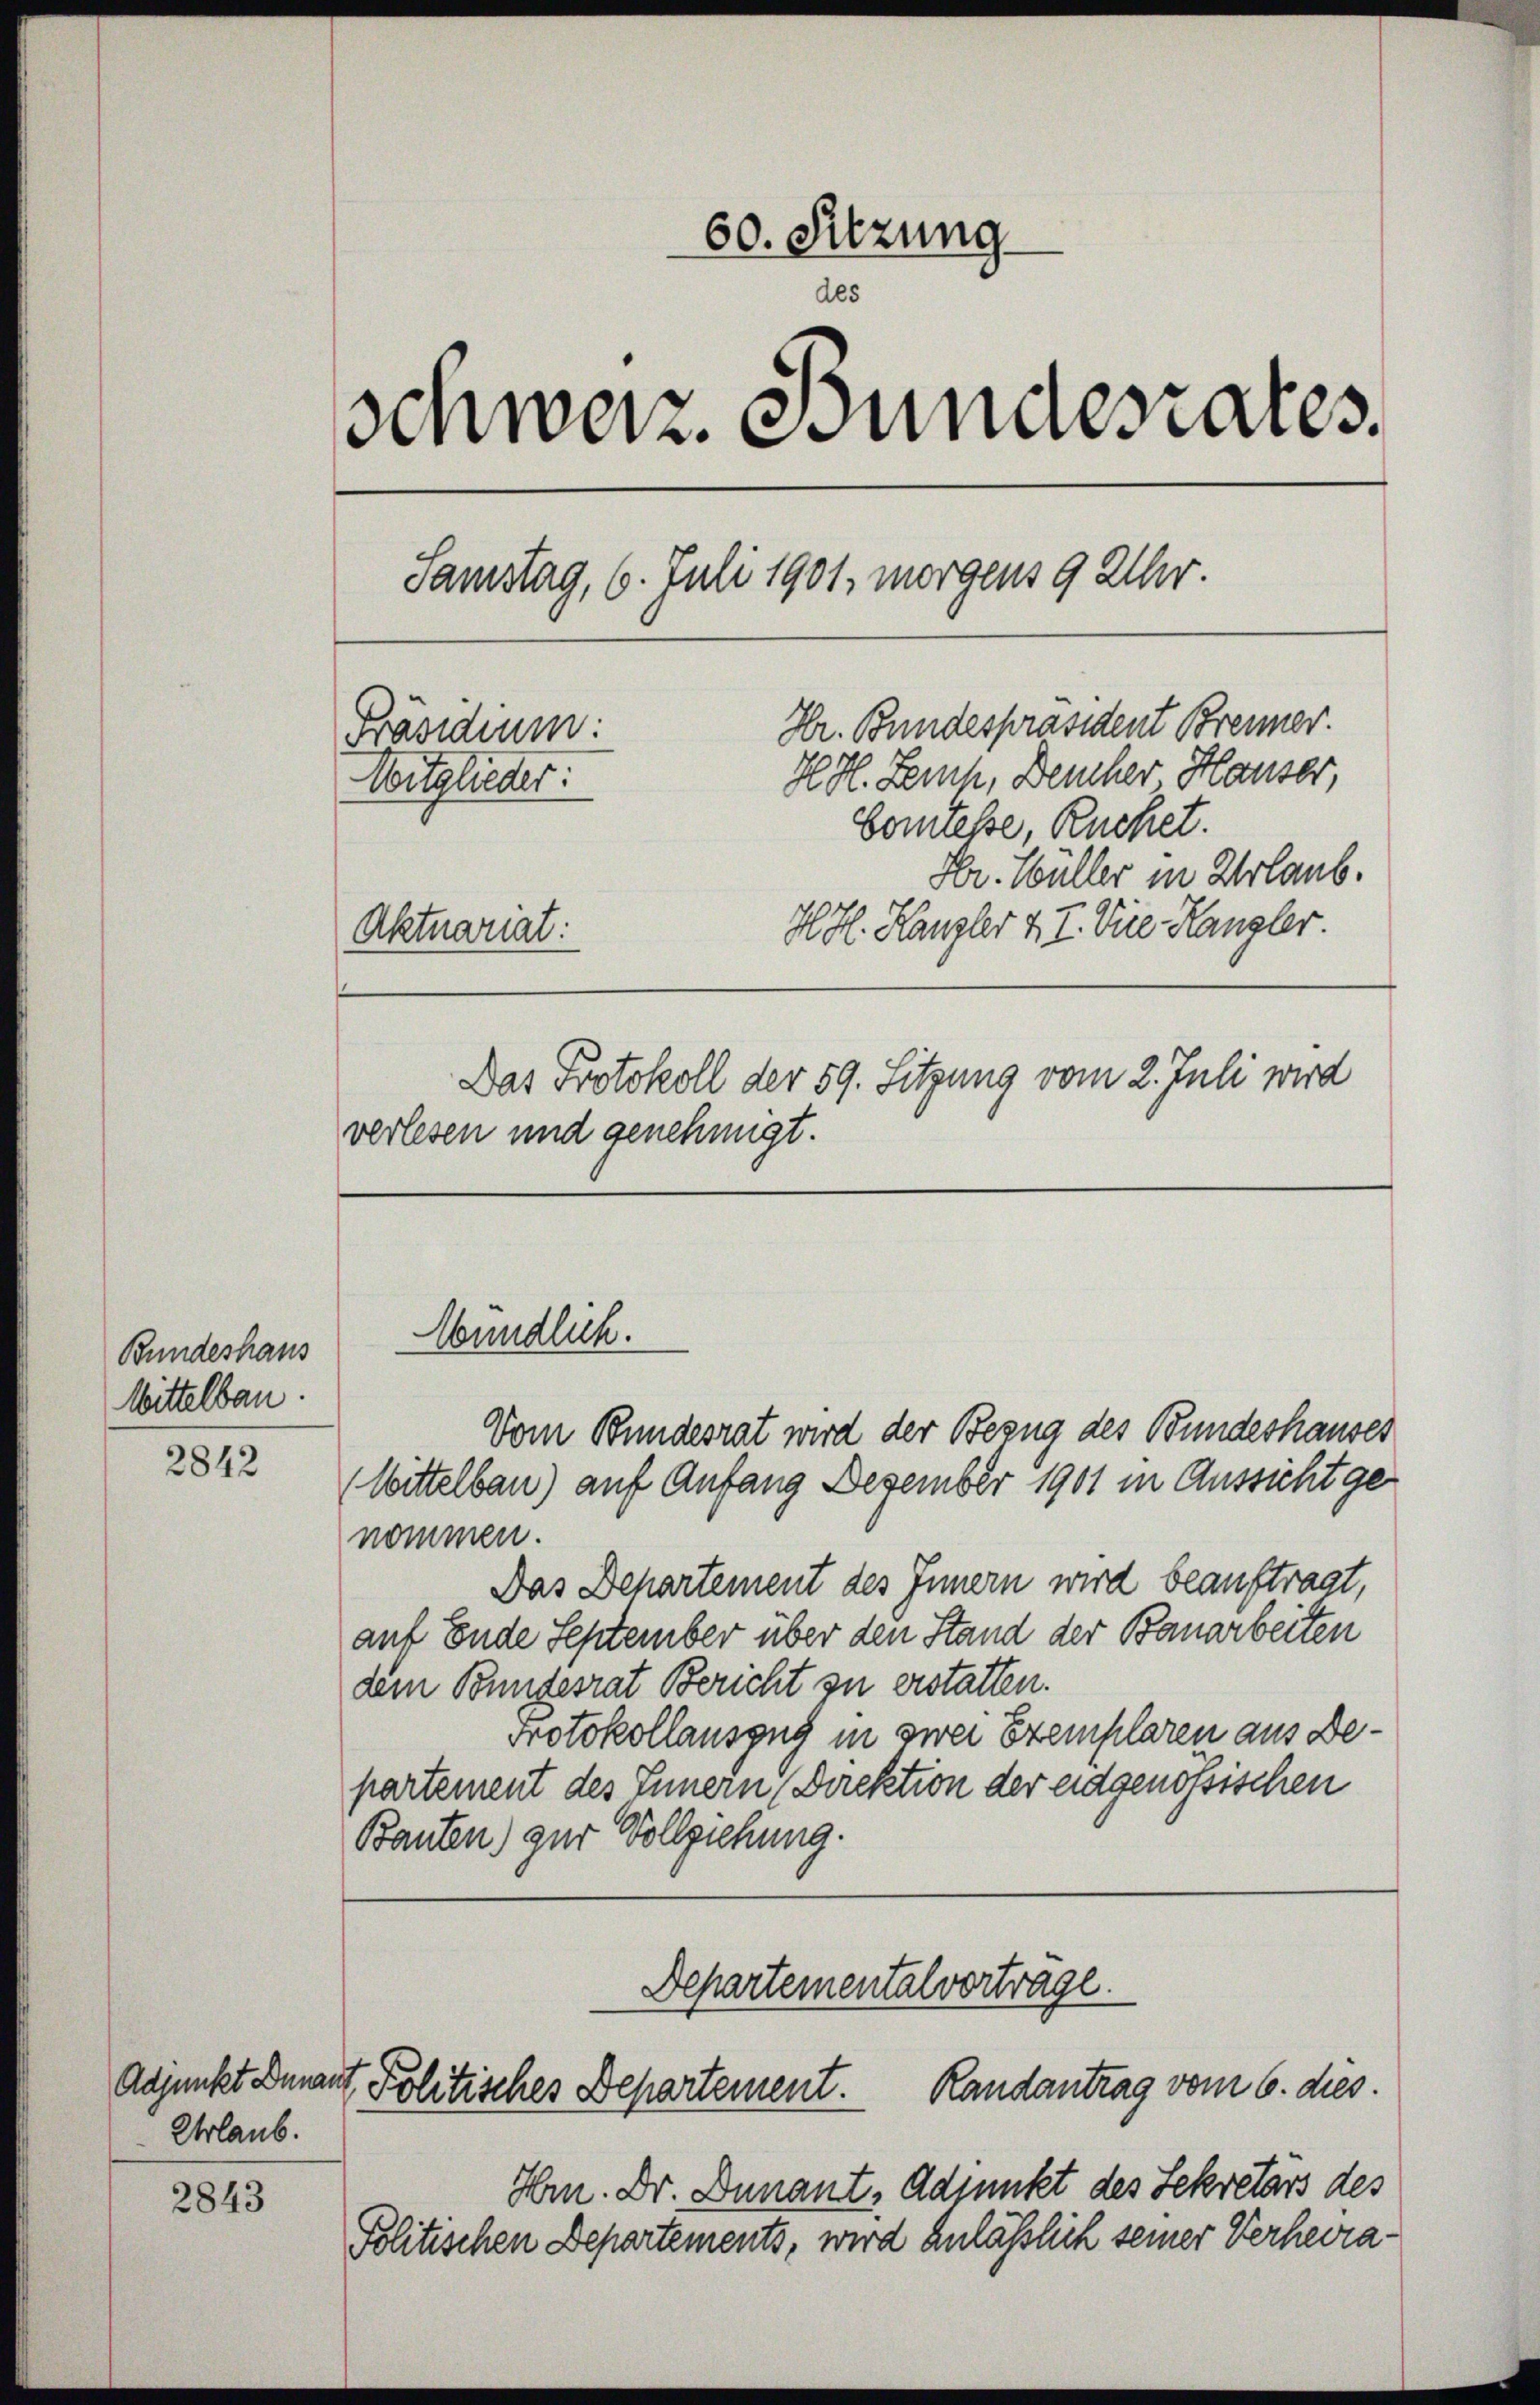
Bundeshaus
Wittelbau.

2842

Urlaub.

2843

60. Sitzung
des
schweiz. Bundesrates.
Samstag, 6. Juli 1901, morgens 9 Uhr.
Hr. Bundespräsident Brenner.
Präsidium:
H. H. Zemp, Deucher Hauser,
Voitglieder:
bomtesse, Ruchet.
Hr. Wüller in Urlaub.
HH. Kanzler 4. I. Die Hangler.
Aktuariat:
Das Protokoll der 59. Sitzung vom 2. Juli wird
verlesen und genehmigt.

Wündlich.

Vom Bundesrat wird der Bezug des Bundeshauses
Wittelbau) auf Anfang Dezember 1901 in Aussicht genommen.
Das Behartement des Innern wird beauftragt,
auf Ende September über den Stand der Bauarbeiten
dem Bundesrat Bericht zu erstatten.
Protokollauszug in zwei Exemplaren aus Departement des Innern Direktion der eidgenössischen
Bauten) zur Vollziehung.

Departemental vortrage.
Adjunkt Dnnant Politisches Departement. Randantrag vom 6. dies.

Hrn. Dr. Dunant, Adjunkt des Sekretärs des
Politischen Departements, wird anläßlich seiner Verheira¬